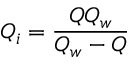
Q _ { i } = \frac { Q Q _ { w } } { Q _ { w } - Q }